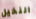
النخيل